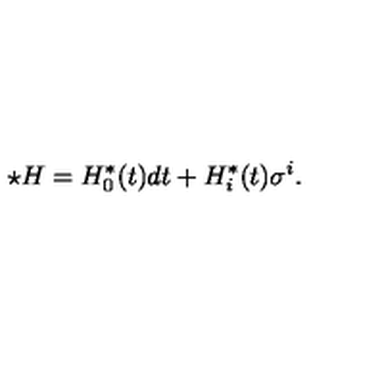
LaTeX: \star H = H _ { 0 } ^ { \ast } ( t ) d t + H _ { i } ^ { \ast } ( t ) \sigma ^ { i } .